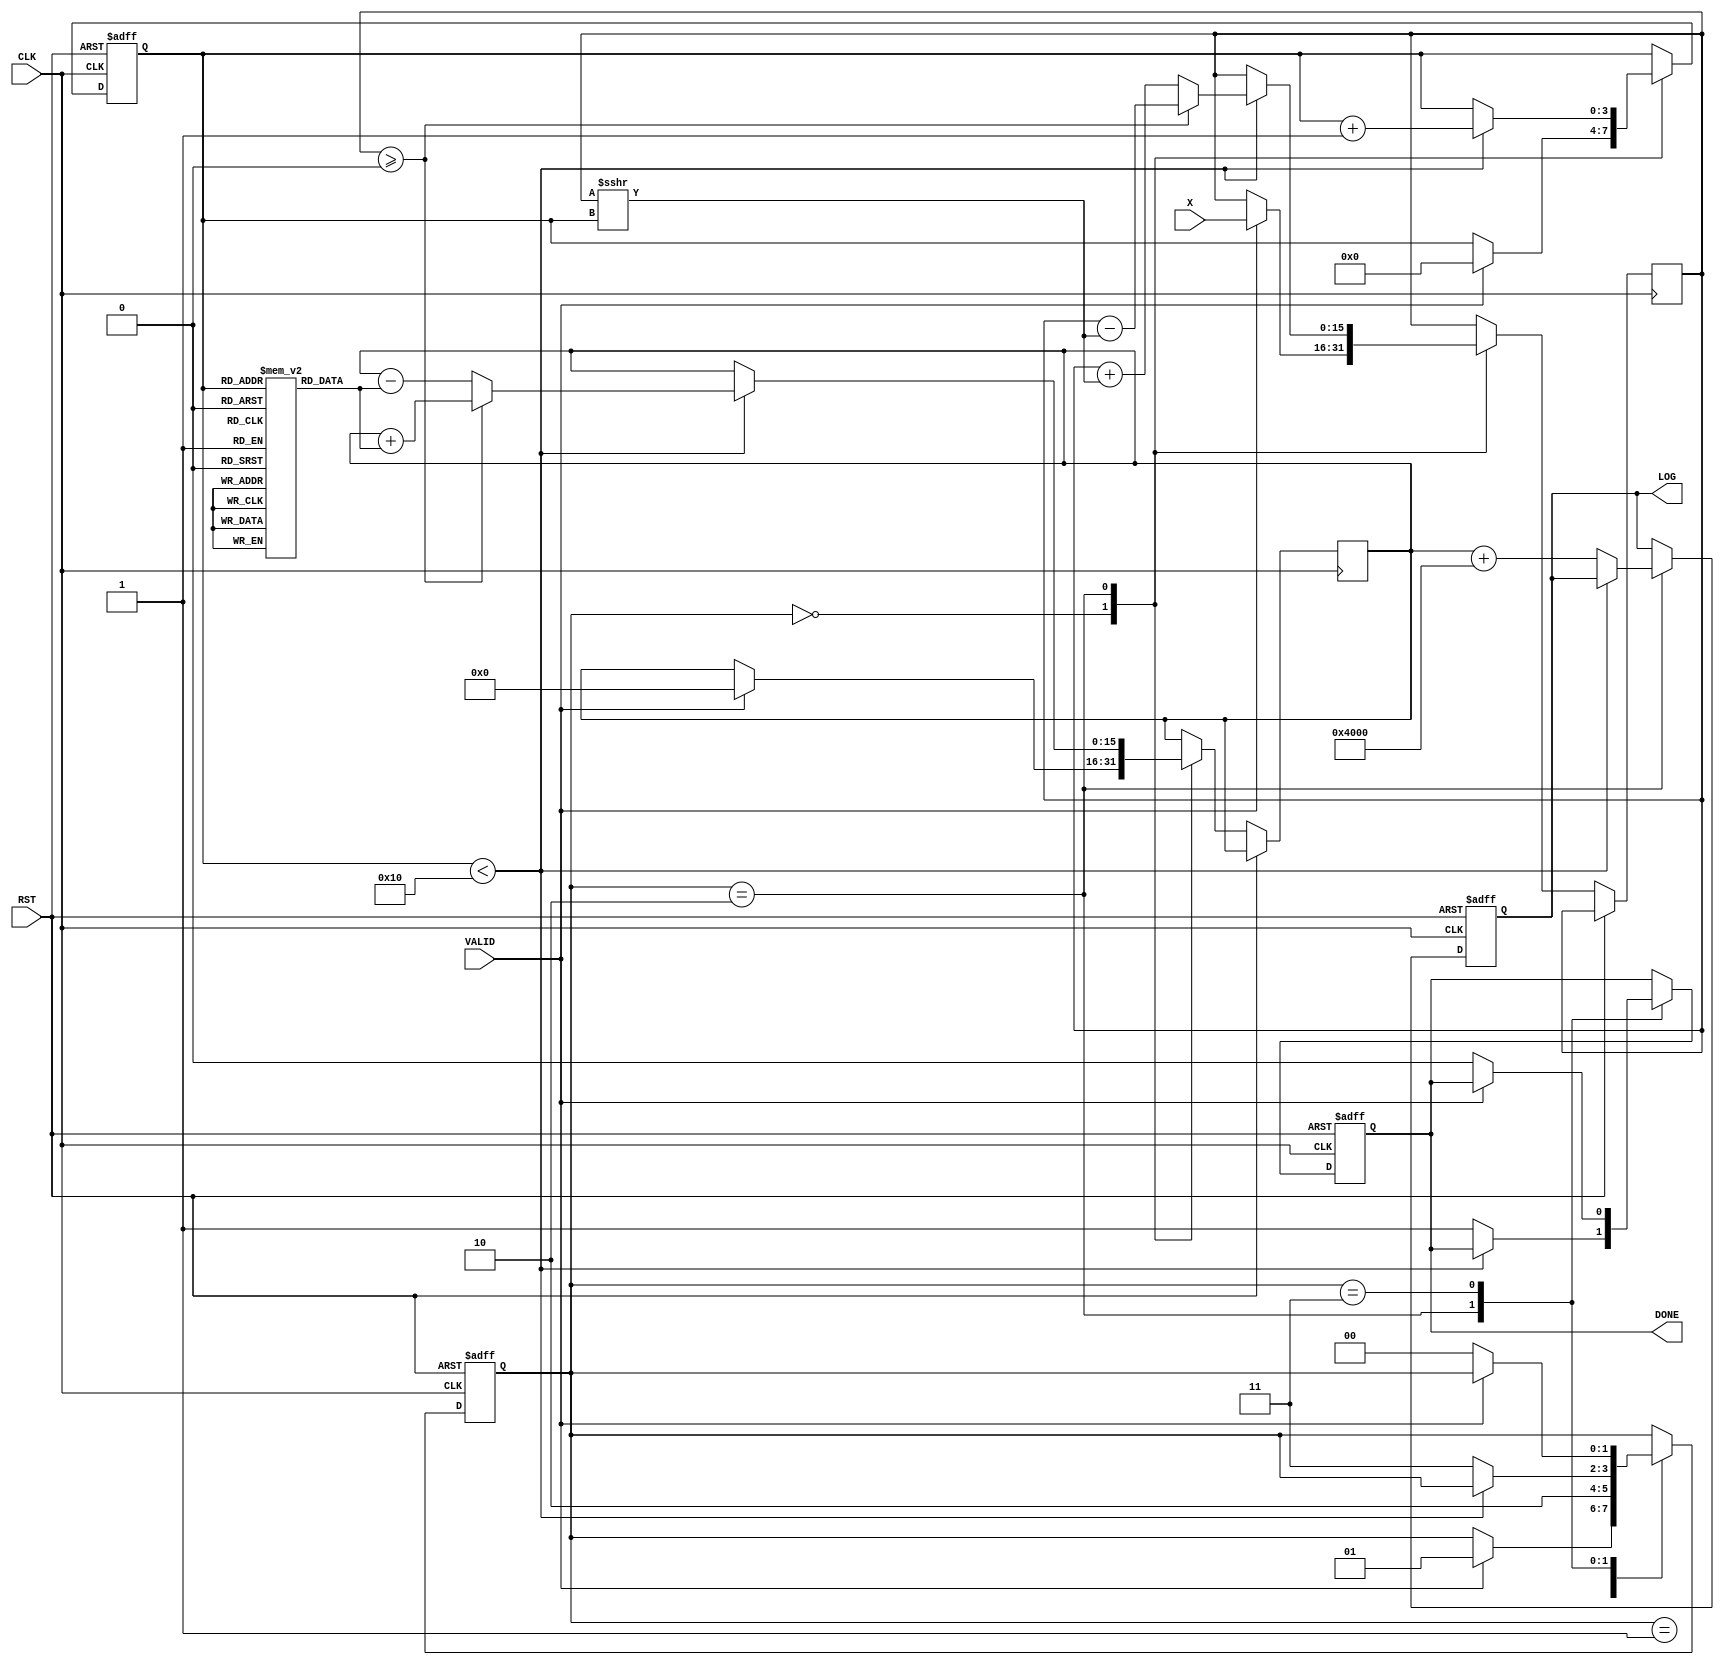
module cordic_logarithm (
    input wire [15:0] X,      // Input value for logarithm
    input wire CLK,           // Clock signal
    input wire RST,           // Reset signal
    input wire VALID,         // Input valid signal
    output reg [15:0] LOG,    // Calculated logarithmic value
    output reg DONE           // Completion signal
);

    // Parameters
    parameter NUM_ITERATIONS = 16; // Number of iterations for CORDIC
    parameter FIXED_POINT_SCALE = 16'h4000; // Scaling factor (2^14 for fixed-point)

    // Registers
    reg [15:0] X_reg;          // Register to hold input value
    reg [15:0] Z_reg;          // Register to hold angle information
    reg [3:0] iteration_count; // Iteration counter
    reg [1:0] state;           // State machine for control

    // State definitions
    localparam IDLE = 2'b00;
    localparam INIT = 2'b01;
    localparam ITERATE = 2'b10;
    localparam DONE_STATE = 2'b11;

    // CORDIC angle lookup table (arctangent values)
    reg [15:0] atan_table [0:NUM_ITERATIONS-1];
    initial begin
        // Initialize arctangent values (in fixed-point format)
        atan_table[0] = 16'h2000; // atan(1) = 0.7854 (in fixed-point)
        atan_table[1] = 16'h1333; // atan(0.5) = 0.4636
        atan_table[2] = 16'h0A3D; // atan(0.25) = 0.2449
        // ... (fill in the rest of the values)
        atan_table[3] = 16'h0524; // atan(0.125)
        // Continue initializing for all iterations
    end

    // Control unit
    always @(posedge CLK or posedge RST) begin
        if (RST) begin
            state <= IDLE;
            LOG <= 16'b0;
            DONE <= 1'b0;
            iteration_count <= 4'b0;
        end else begin
            case (state)
                IDLE: begin
                    if (VALID) begin
                        X_reg <= X;
                        Z_reg <= 16'b0; // Initial angle
                        iteration_count <= 4'b0;
                        state <= INIT;
                    end
                end
                INIT: begin
                    // Prepare for iterations
                    state <= ITERATE;
                end
                ITERATE: begin
                    if (iteration_count < NUM_ITERATIONS) begin
                        // CORDIC iteration logic
                        if (X_reg >= 16'b0) begin
                            // Rotate positively
                            X_reg <= X_reg - (X_reg >>> iteration_count);
                            Z_reg <= Z_reg + atan_table[iteration_count];
                        end else begin
                            // Rotate negatively
                            X_reg <= X_reg + (X_reg >>> iteration_count);
                            Z_reg <= Z_reg - atan_table[iteration_count];
                        end
                        iteration_count <= iteration_count + 1;
                    end else begin
                        // Final calculation
                        LOG <= Z_reg + FIXED_POINT_SCALE; // Adjust for scaling
                        DONE <= 1'b1;
                        state <= DONE_STATE;
                    end
                end
                DONE_STATE: begin
                    // Wait for next valid input
                    if (!VALID) begin
                        DONE <= 1'b0;
                        state <= IDLE;
                    end
                end
            endcase
        end
    end

endmodule